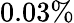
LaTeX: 0.03\%